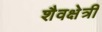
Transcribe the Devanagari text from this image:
शैवक्षेत्री